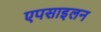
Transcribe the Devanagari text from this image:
एपसाइलन